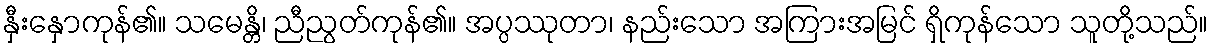
နှီးနှောကုန်၏။ သမေန္တိ၊ ညီညွတ်ကုန်၏။ အပ္ပဿုတာ၊ နည်းသော အကြားအမြင် ရှိကုန်သော သူတို့သည်။